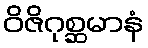
ဝိဇိဂုစ္ဆမာနံ